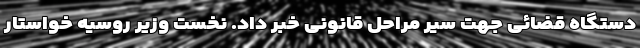
دستگاه قضائی جهت سیر مراحل قانونی خبر داد. نخست وزیر روسیه خواستار